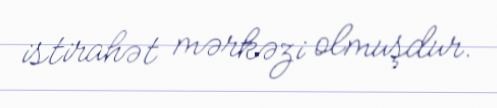
istirahət mərkəzi olmuşdur.